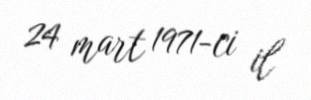
24 mart 1971-ci il